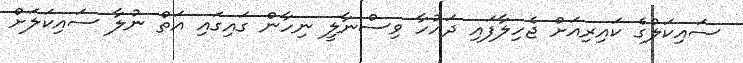
ސައިކަލުގެ ކައިރިއަށް ޖެހިލާފައި ދައުހާ ވިސްނާލީ ނިހާން ގައިގައި އަތް ނުލާ ސައިކަލަށް